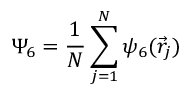
\Psi _ { 6 } = \frac { 1 } { N } \sum _ { j = 1 } ^ { N } \psi _ { 6 } ( \vec { r } _ { j } )